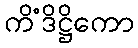
ကိံဒိဋ္ဌိကော